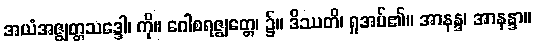
အယံအဇ္ဈတ္တသဒ္ဒေါ၊ ကို။ ဂေါစရဇ္ဈတ္တေ၊ ၌။ ဒိဿတိ၊ ရှုအပ်၏။ အာနန္ဒ၊ အာနန္ဒာ။